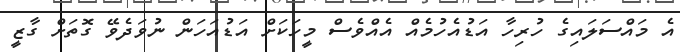
އެ މައްސަލައިގެ ހުރިހާ އަޑުއެހުމެއް އެއްވެސް މީހަކަށް އަޑުއަހަން ނުވަދެވޭ ގޮތަށް ގާޒީ